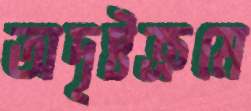
অদৃষ্টক্রমে